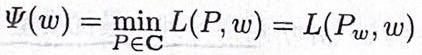
$\Psi(w) = \min_{P\in\mathbf{C}} L(P, w) = L(P_w, w)$